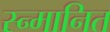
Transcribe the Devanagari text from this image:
स्न्मानित